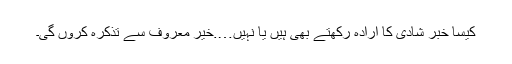
کیسا خبر شادی کا ارادہ رکھتے بھی ہیں یا نہیں….خیر معروف سے تذکرہ کروں گی۔